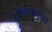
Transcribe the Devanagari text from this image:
पोषणमूल्य